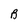
Character: B